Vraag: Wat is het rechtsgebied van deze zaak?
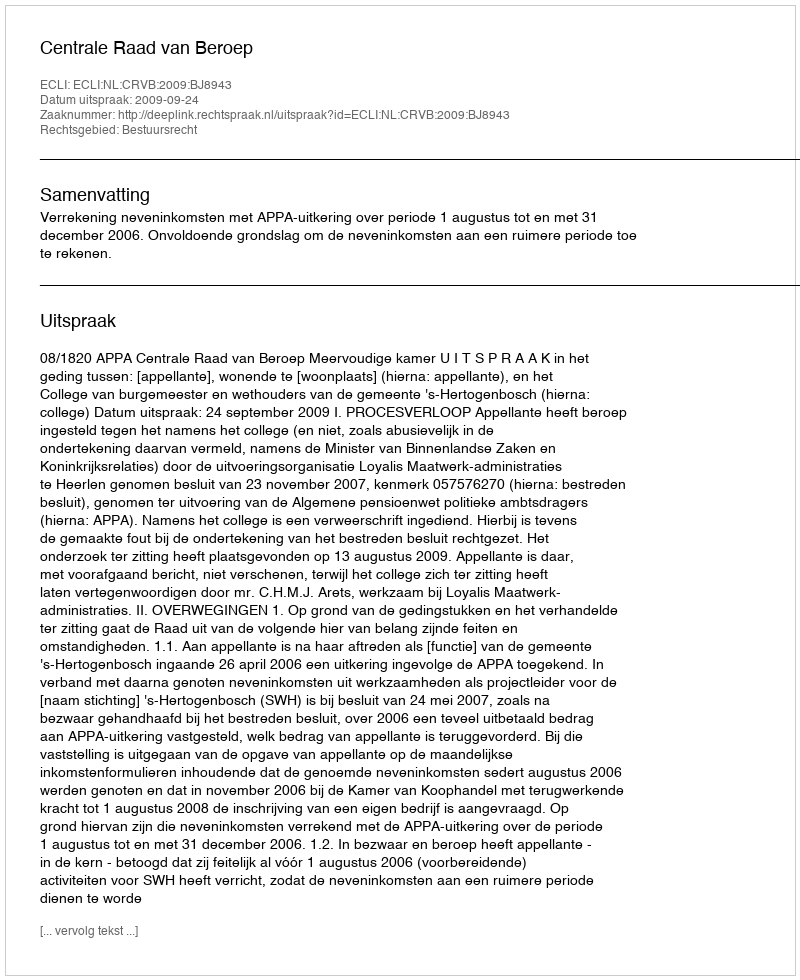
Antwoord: Bestuursrecht